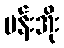
ပန်းအိုး